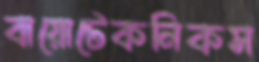
বায়োটেকনিকস